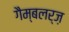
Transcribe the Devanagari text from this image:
गैम्बलर्ज़